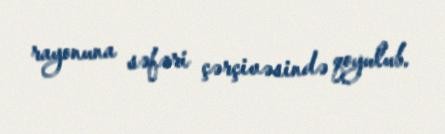
rayonuna səfəri çərçivəsində qoyulub.